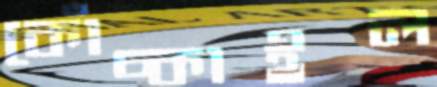
কোঁচ্‌কাইল